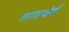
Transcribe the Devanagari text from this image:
तरगधेर्य